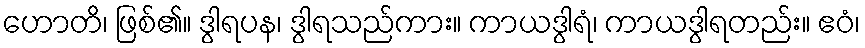
ဟောတိ၊ ဖြစ်၏။ ဒွါရပန၊ ဒွါရသည်ကား။ ကာယဒွါရံ၊ ကာယဒွါရတည်း။ ဧဝံ၊